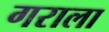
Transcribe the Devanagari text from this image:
गराला